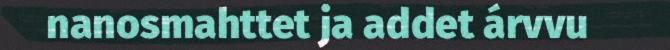
nanosmahttet ja addet árvvu